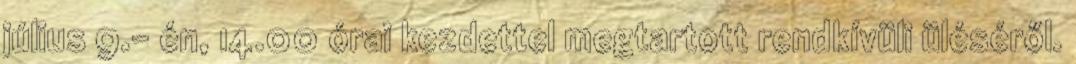
július 9.- én, 14.00 órai kezdettel megtartott rendkívüli üléséről.